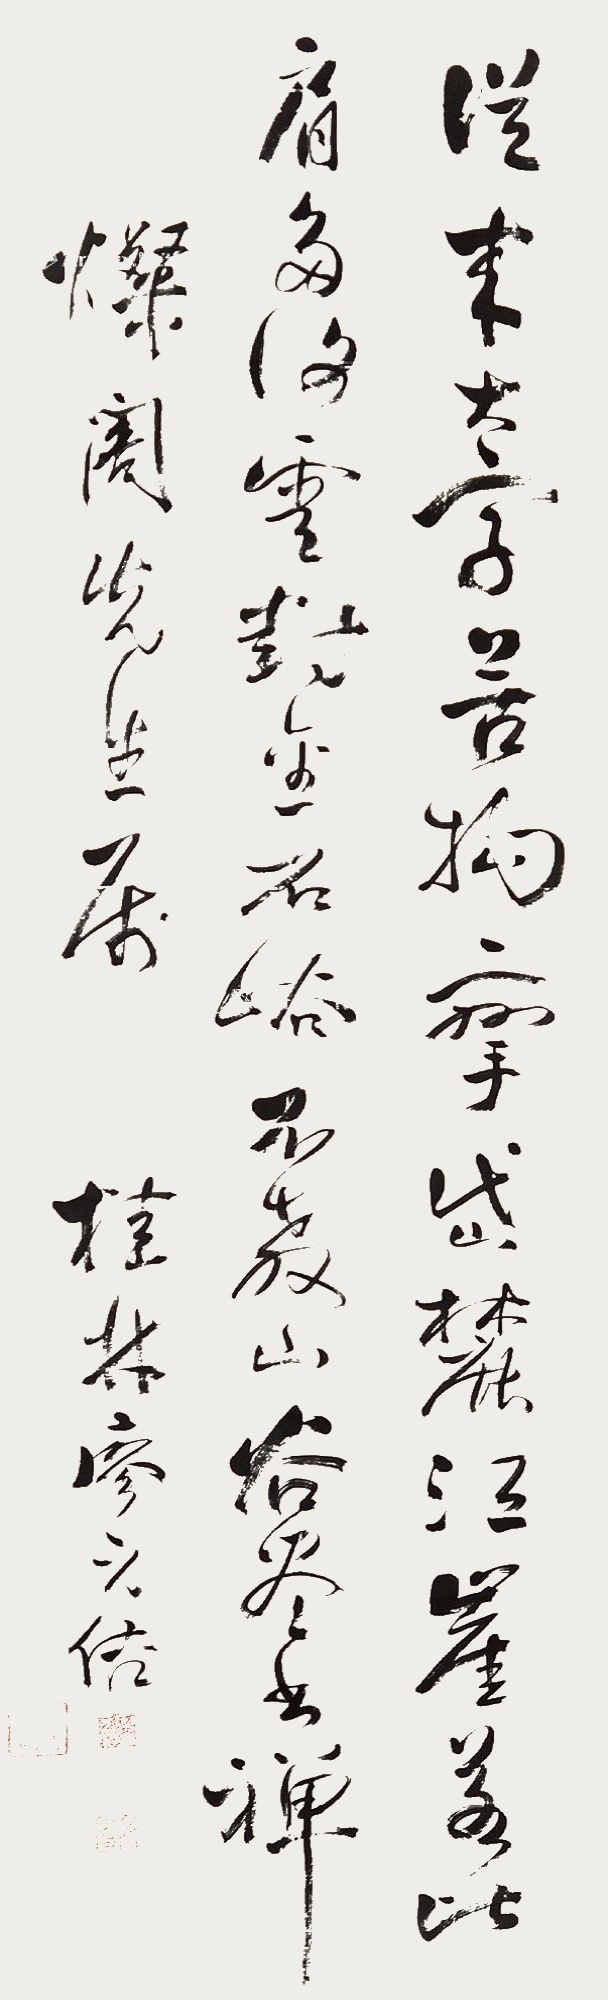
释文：从来大字苦拘挛，岱麓江崖若比肩。多谢云封经石峪，不教山谷尽书禅。灿阁先生属，桂林廖元佶。